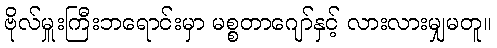
ဗိုလ်မှူးကြီးဘရောင်းမှာ မစ္စတာဂျော်နှင့် လားလားမျှမတူ။